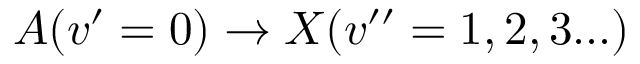
A ( v ^ { \prime } = 0 ) \rightarrow X ( v ^ { \prime \prime } = 1 , 2 , 3 . . . )